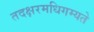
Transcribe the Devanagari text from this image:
तदक्षरमधिगम्यते